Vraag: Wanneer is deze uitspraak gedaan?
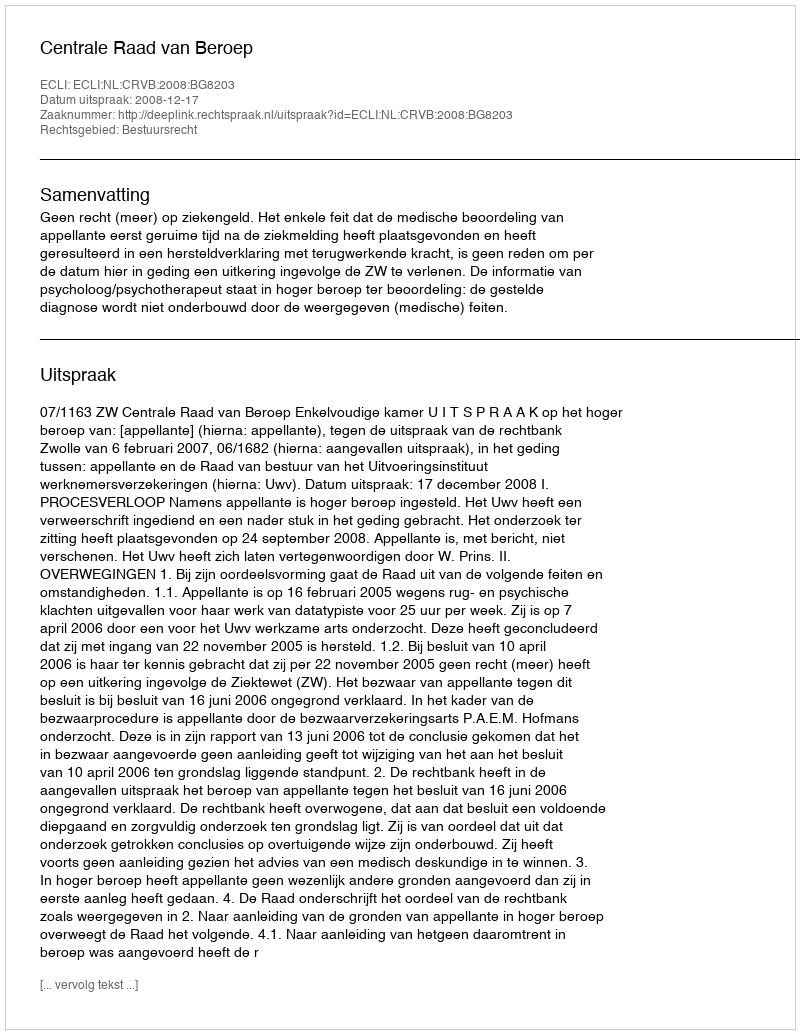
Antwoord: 2008-12-17